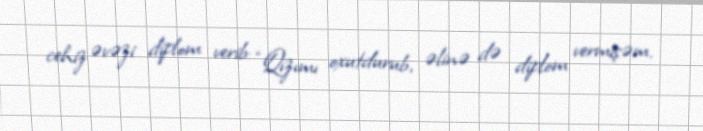
cehiz əvəzi diplom verib: “Qızımı oxutdurub, əlinə də diplom vermişəm.